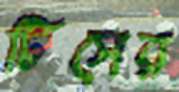
টিসের